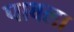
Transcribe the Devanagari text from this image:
पाबला